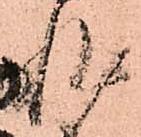
非